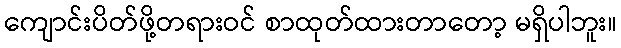
ကျောင်းပိတ်ဖို့တရားဝင် စာထုတ်ထားတာတော့ မရှိပါဘူး။